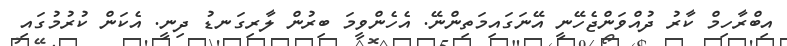
އިބްރާހިމް ކާރު ދުއްވަންޖެހޭނީ އޭނަގައިމަތިންނޭ. އެހެންވީމަ ބިރުން ލާރިގަނޑު ދިނީ. އެކަން ކުރުމުގައި